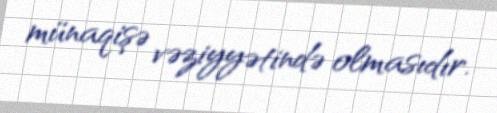
münaqişə vəziyyətində olmasıdır.